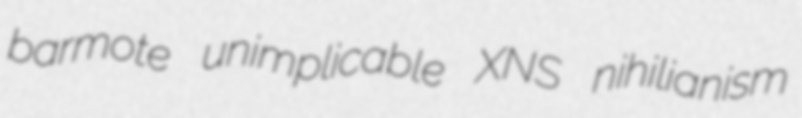
barmote unimplicable XNS nihilianism